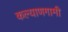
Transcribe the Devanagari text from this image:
कल्याणगामी